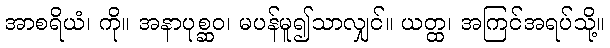
အာစရိယံ၊ ကို။ အနာပုစ္ဆဝ၊ မပန်မူ၍သာလျှင်။ ယတ္ထ၊ အကြင်အရပ်သို့။